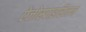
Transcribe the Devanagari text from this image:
ऐजोस्पाइरिलम